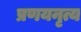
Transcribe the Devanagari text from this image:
प्रणयनृत्य